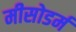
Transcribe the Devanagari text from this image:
मीसोडर्म